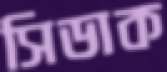
সিডাক